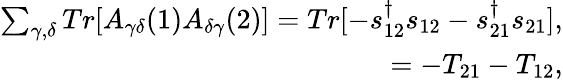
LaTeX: \begin{array}{r}{{\sum_{\gamma,\delta}Tr[A_{\gamma\delta}(1)A_{\delta\gamma}(2)]=Tr[-s_{12}^{\dagger}s_{12}-s_{21}^{\dagger}s_{21}]},}\\ {=-T_{21}-T_{12},}\end{array}